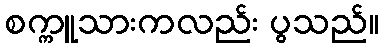
စက္ကူသားကလည်း ပွသည်။